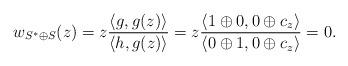
LaTeX: \begin{align*}w_{S^{*} \oplus S}(z) = z \frac{\langle g, g(z) \rangle}{\langle h, g(z)\rangle}= z \frac{\langle 1 \oplus 0, 0 \oplus c_z\rangle}{\langle 0 \oplus 1, 0 \oplus c_z\rangle} = 0.\end{align*}